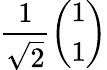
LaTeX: {\frac{1}{\sqrt{2}}}{\left(\begin{array}{l}{1}\\ {1}\end{array}\right)}